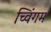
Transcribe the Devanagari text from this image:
च्विंगम